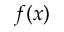
f ( x )